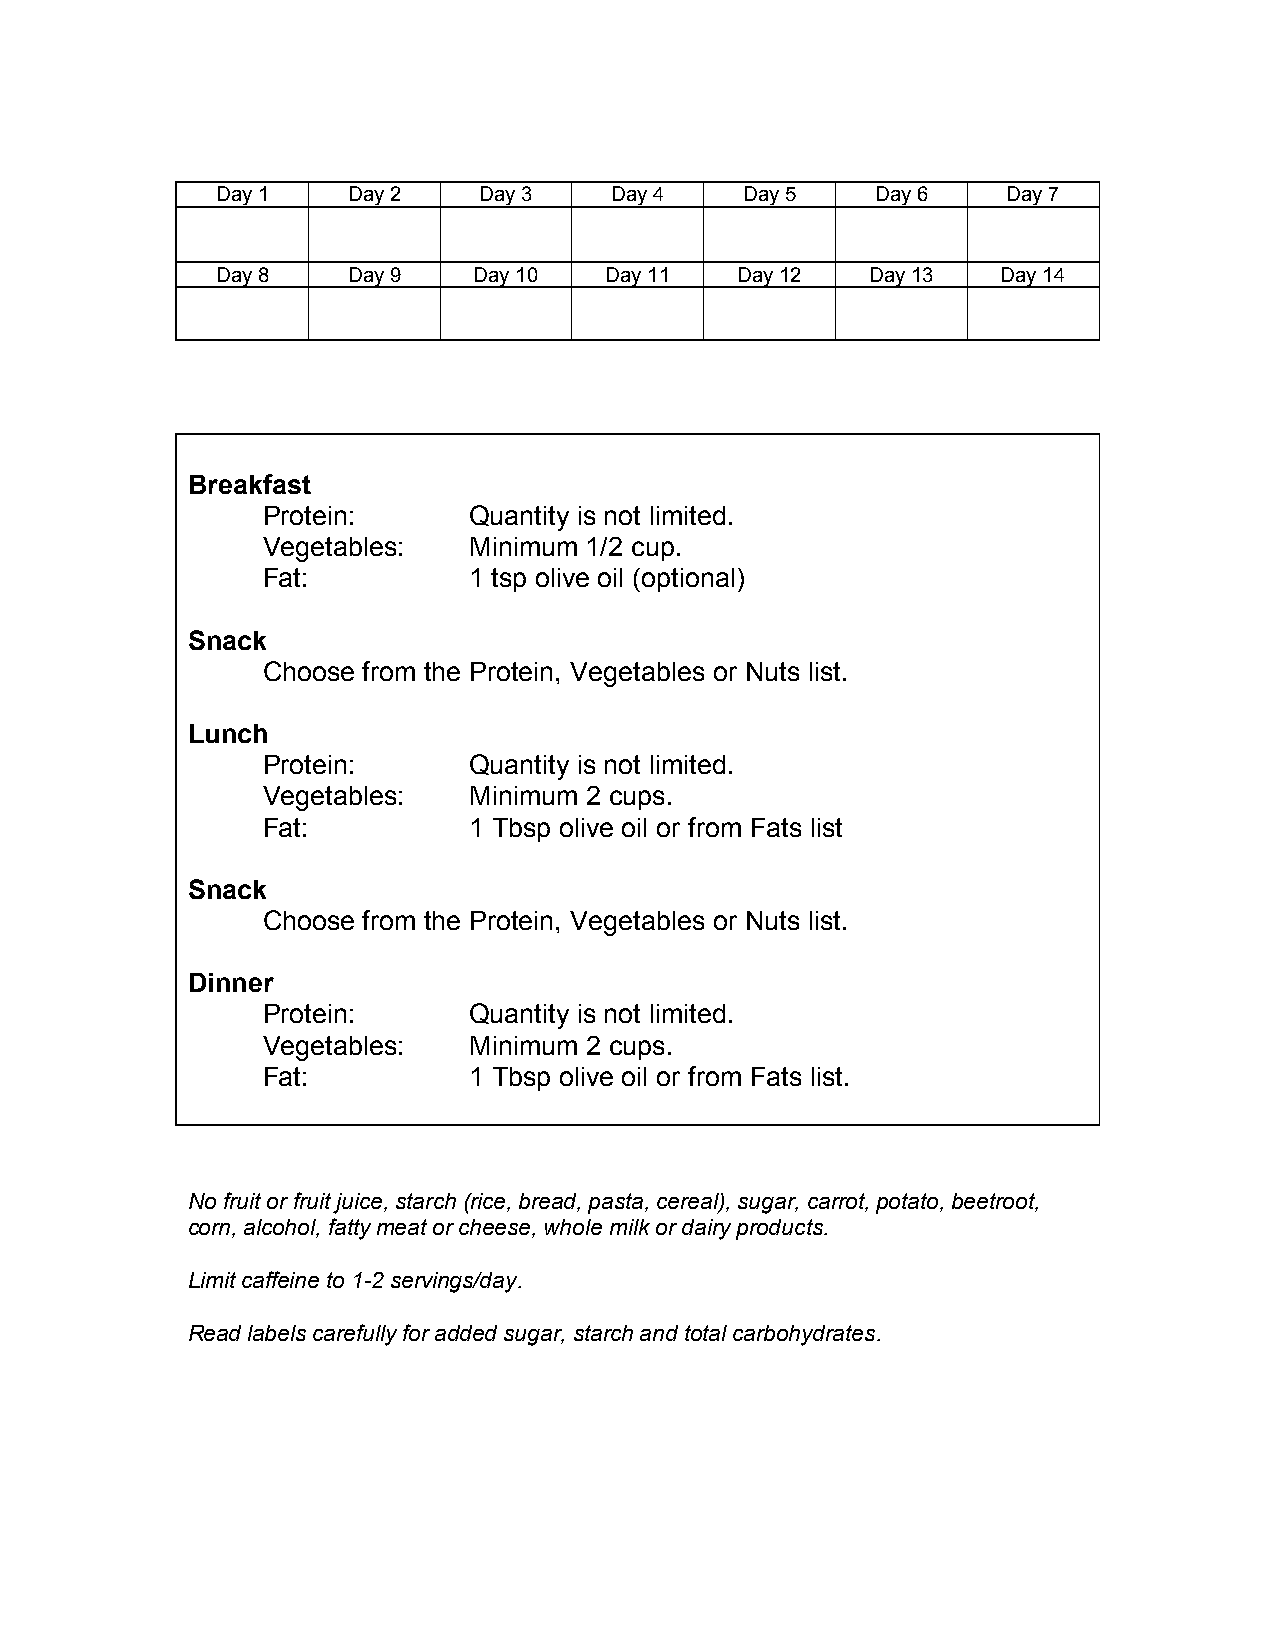
Day 1    Day 2    Day 3   Day 4    Day 5    Day 6    Day 7
 Day 8    Day 9   Day 10   Day 11   Day 12   Day 13  Day 14
 Breakfast
 Protein:      Quantity is not limited.
 Vegetables:   Minimum 1/2 cup.
 Fat:          1 tsp olive oil (optional)
 Snack
 Choose from the Protein, Vegetables or Nuts list.
 Lunch
 Protein:      Quantity is not limited.
 Vegetables:   Minimum 2 cups.
 Fat:          1 Tbsp olive oil or from Fats list
 Snack
 Choose from the Protein, Vegetables or Nuts list.
 Dinner
 Protein:      Quantity is not limited.
 Vegetables:   Minimum 2 cups.
 Fat:          1 Tbsp olive oil or from Fats list.
 No fruit or fruit juice, starch (rice, bread, pasta, cereal), sugar, carrot, potato, beetroot,
 corn, alcohol, fatty meat or cheese, whole milk or dairy products.
 Limit caffeine to 1-2 servings/day.
 Read labels carefully for added sugar, starch and total carbohydrates.